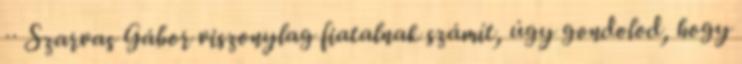
·· Szarvas Gábor viszonylag fiatalnak számít, úgy gondolod, hogy